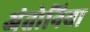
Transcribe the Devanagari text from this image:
अंतोनिया